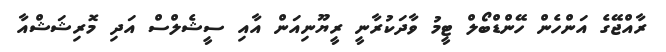
ރާއްޖޭގެ އަންހެން ހޭންޑްބޯލް ޓީމު ވާދަކުރާނީ ރީޔޫނިއަން އާއި ސީޝެލްސް އަދި މޮރިޝަޝްއާ